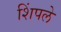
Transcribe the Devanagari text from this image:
शिंपले